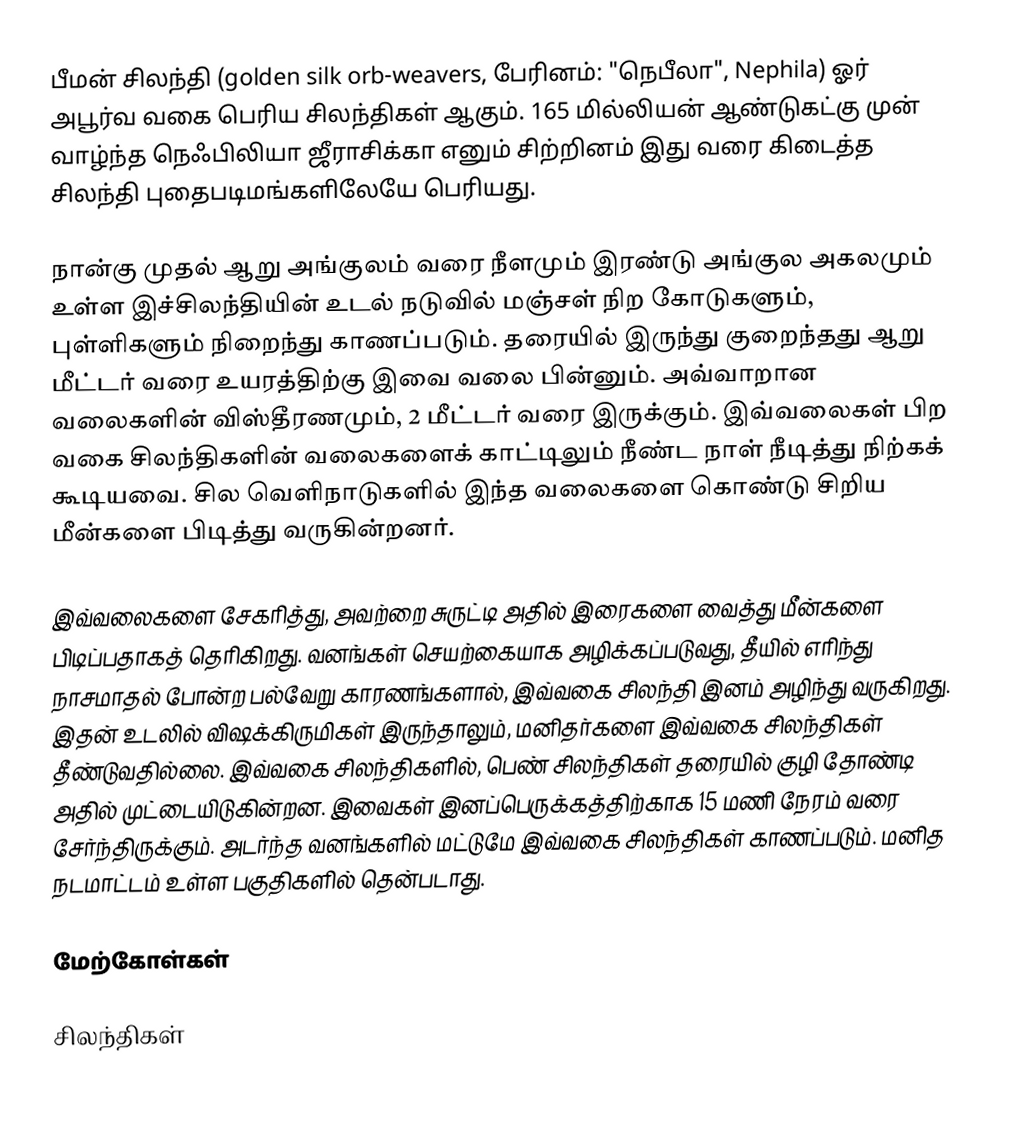
பீமன் சிலந்தி (golden silk orb-weavers, பேரினம்: "நெபீலா", Nephila) ஓர் அபூர்வ வகை பெரிய சிலந்திகள் ஆகும். 165 மில்லியன் ஆண்டுகட்கு முன் வாழ்ந்த நெஃபிலியா ஜீராசிக்கா எனும் சிற்றினம் இது வரை கிடைத்த சிலந்தி புதைபடிமங்களிலேயே பெரியது.

நான்கு முதல் ஆறு அங்குலம் வரை நீளமும் இரண்டு அங்குல அகலமும் உள்ள இச்சிலந்தியின் உடல் நடுவில் மஞ்சள் நிற கோடுகளும், புள்ளிகளும் நிறைந்து காணப்படும். தரையில் இருந்து குறைந்தது ஆறு மீட்டர் வரை உயரத்திற்கு இவை வலை பின்னும். அவ்வாறான வலைகளின் விஸ்தீரணமும், 2 மீட்டர் வரை இருக்கும். இவ்வலைகள் பிற வகை சிலந்திகளின் வலைகளைக் காட்டிலும் நீண்ட நாள் நீடித்து நிற்கக் கூடியவை. சில வெளிநாடுகளில் இந்த வலைகளை கொண்டு சிறிய மீன்களை பிடித்து வருகின்றனர்.

இவ்வலைகளை சேகரித்து, அவற்றை சுருட்டி அதில் இரைகளை வைத்து மீன்களை பிடிப்பதாகத் தெரிகிறது. வனங்கள் செயற்கையாக அழிக்கப்படுவது, தீயில் எரிந்து நாசமாதல் போன்ற பல்வேறு காரணங்களால், இவ்வகை சிலந்தி இனம் அழிந்து வருகிறது. இதன் உடலில் விஷக்கிருமிகள் இருந்தாலும், மனிதர்களை இவ்வகை சிலந்திகள் தீண்டுவதில்லை. இவ்வகை சிலந்திகளில், பெண் சிலந்திகள் தரையில் குழி தோண்டி அதில் முட்டையிடுகின்றன. இவைகள் இனப்பெருக்கத்திற்காக 15 மணி நேரம் வரை சேர்ந்திருக்கும். அடர்ந்த வனங்களில் மட்டுமே இவ்வகை சிலந்திகள் காணப்படும். மனித நடமாட்டம் உள்ள பகுதிகளில் தென்படாது.

மேற்கோள்கள்

சிலந்திகள்